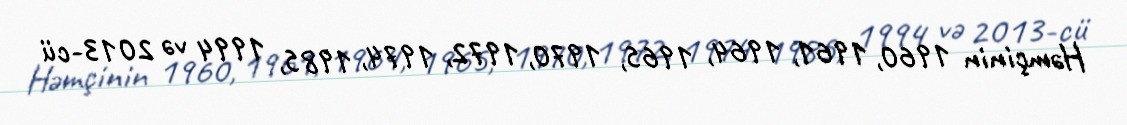
Həmçinin 1960, 1961, 1964, 1965, 1970, 1972, 1974, 1985, 1994 və 2013-cü